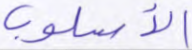
الأسلوب